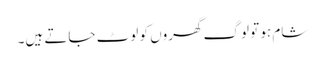
شام ہو تو لوگ گھروں کو لوٹ جاتے ہیں۔